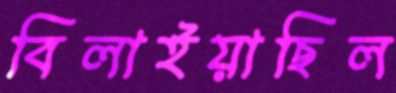
বিলাইয়াছিল